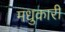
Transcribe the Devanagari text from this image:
मधुकारी